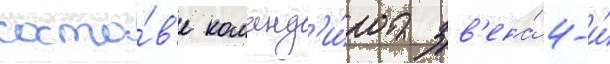
соста́в'е команд'и́ра зв'ена́ 4-и́